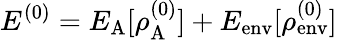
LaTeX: E^{(0)}=E_{\mathrm{A}}[\rho_{\mathrm{A}}^{(0)}]+E_{\mathrm{env}}[\rho_{\mathrm{env}}^{(0)}]